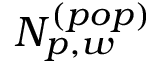
N _ { p , w } ^ { ( p o p ) }